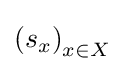
\left(s_{x}\right)_{x\in X}